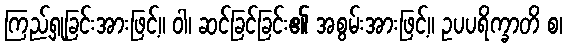
ကြည့်ရှုခြင်းအားဖြင့်။ ဝါ၊ ဆင်ခြင်ခြင်း၏ အစွမ်းအားဖြင့်။ ဥပပရိက္ခာတိ စ၊